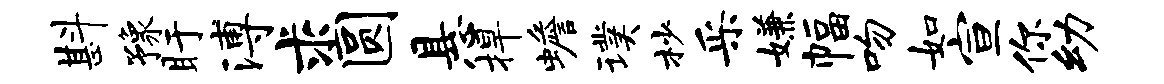
斟豫盱溥求圆悬捍蟾璞杪采嫌幅吻如宣你幼